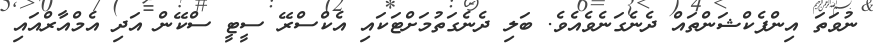
ނުވަތަ އިންފެކްޝަންތައް ދެނެގަނެވެއެވެ. ބަލި ދެނެގަތުމަށްޓަކައި އެކްސްރޭ ސީޓީ ސްކޭން އަދި އެމްއާރްއައި